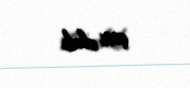
çox olub.